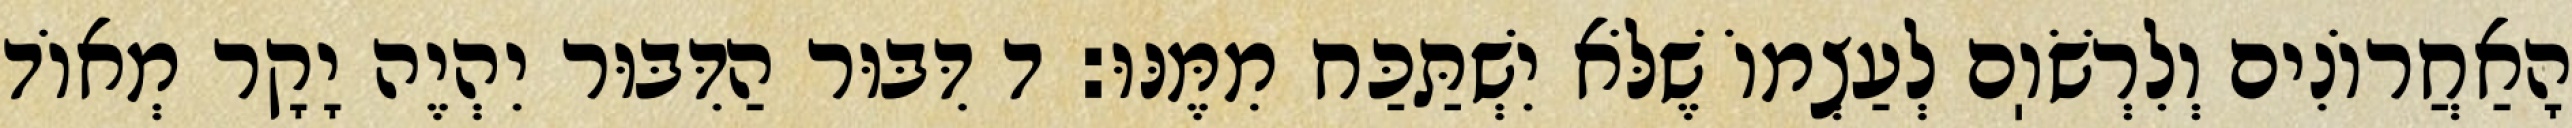
הָאַחֲרוֹנִים וְלִרְשֹׁוֽם לְעַצְמוֹ שֶׁלֹּא יִשְׁתַּכַּח מִמֶּנּוּ: ד דִּבּוּר הַדִּבּוּר יִהְיֶה יָקָר מְאוֹד